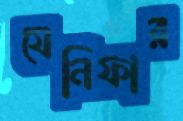
যেনিফার